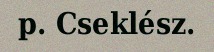
p. Cseklész.